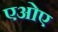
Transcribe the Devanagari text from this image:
एओए